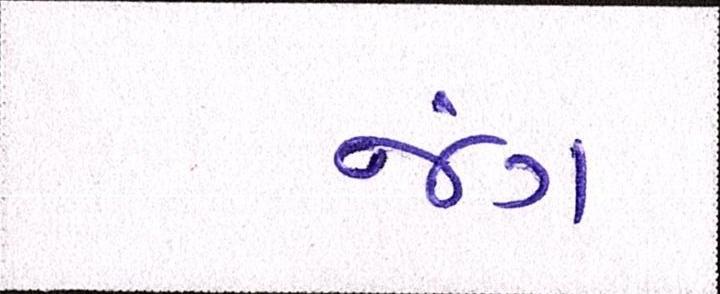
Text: જંગ